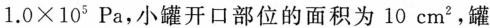
$$1.0×10^{5}Pa$$，小罐开口部位的面积为10cm^{2}，罐